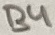
Text: B4